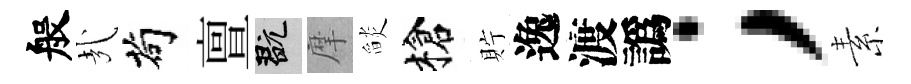
般㢤茍亶玩摩𦦨槍貯逸渡譌；素